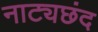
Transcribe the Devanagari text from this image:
नाट्यछंद